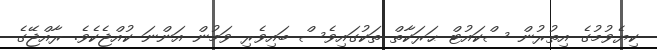
ކިޔެވުމުގެ އިތުރުން ސްކައުޓް ޙަރަކާތް ތަކުގައިވެސް ބައިވެރި ވަމުން އަންނަ ކުއްޖެކެވެ. ރާއްޖޭގެ